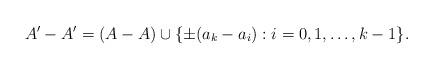
LaTeX: \begin{align*}A'-A' = (A-A) \cup \{ \pm(a_k - a_i) :i=0,1,\ldots, k-1 \}.\end{align*}